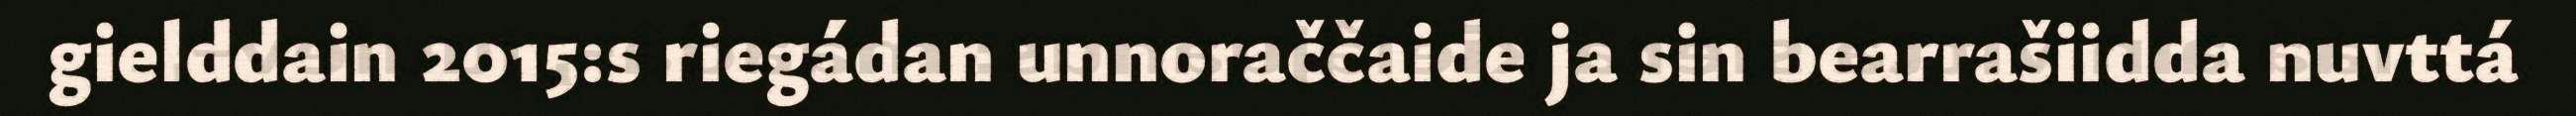
gielddain 2015:s riegádan unnoraččaide ja sin bearrašiidda nuvttá